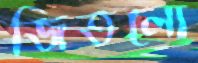
জিতলো